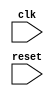
module param_focused_init #(
    parameter SIZE = 8,           // Size of the data
    parameter THRESHOLD = 10,     // Threshold value for operations
    parameter INITIAL_VALUE = 0   // Default initial value
) (
    input wire clk,               // Clock input
    input wire reset              // Reset input
);

    // Local parameters (constant values)
    localparam MAX_SIZE = 16;
    localparam MIN_THRESHOLD = 5;

    // State variables
    reg [SIZE-1:0] data_reg;
    reg [SIZE-1:0] threshold_reg;
    reg [SIZE-1:0] initial_value_reg;

    // Initialization procedure
    initial begin
        // Initialize state variables based on parameters
        data_reg = INITIAL_VALUE;
        threshold_reg = (THRESHOLD > MIN_THRESHOLD) ? THRESHOLD : MIN_THRESHOLD;
        initial_value_reg = INITIAL_VALUE;

        // Additional initialization logic based on SIZE parameter
        if (SIZE > MAX_SIZE) begin
            // Handle case for oversized data
            data_reg = {SIZE{1'b1}}; // Set all bits to 1
        end else begin
            data_reg = INITIAL_VALUE; // Initialize to default
        end
    end

    // Example of a procedural block that uses the initialized values
    always @(posedge clk or posedge reset) begin
        if (reset) begin
            data_reg <= INITIAL_VALUE; // Reset data
        end else begin
            // Example operation using threshold_reg and data_reg
            if (data_reg < threshold_reg) begin
                data_reg <= data_reg + 1; // Increment data if below threshold
            end else begin
                data_reg <= data_reg - 1; // Decrement data if above threshold
            end
        end
    end

    // Task for modular initialization (can be called from initial block)
    task initialize_data;
        input [SIZE-1:0] value;
        begin
            data_reg = value;
        end
    endtask

    // Example call to the task (can be modified as needed)
    initial begin
        initialize_data(INITIAL_VALUE);
    end

endmodule